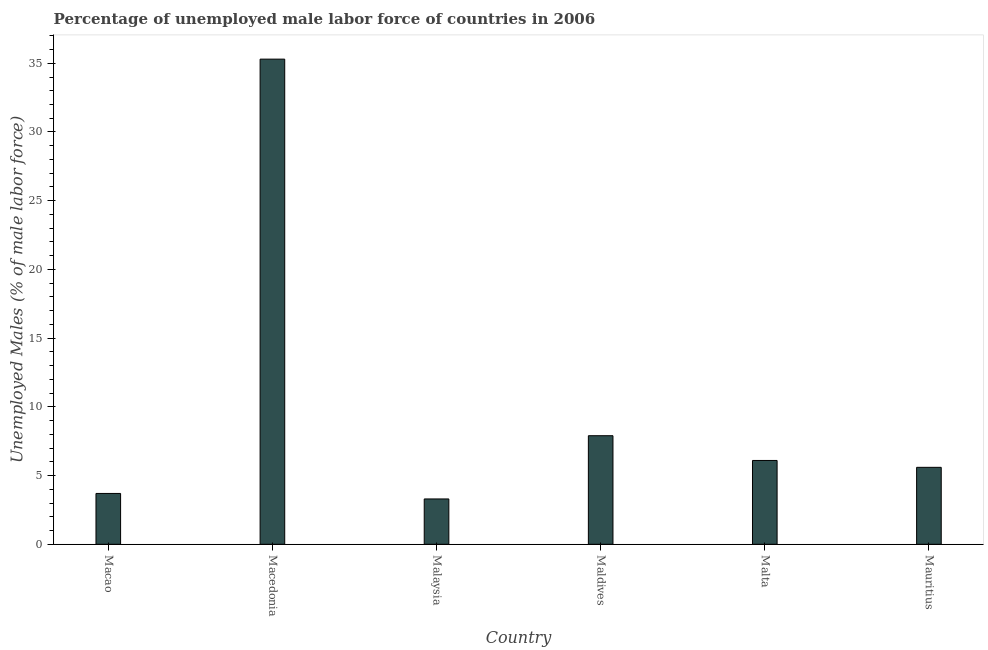
| Country | Unemployment male |
 | --- | --- |
 | Macao | 3.7 |
 | Macedonia | 35.3 |
 | Malaysia | 3.3 |
 | Maldives | 7.9 |
 | Malta | 6.1 |
 | Mauritius | 5.6 |